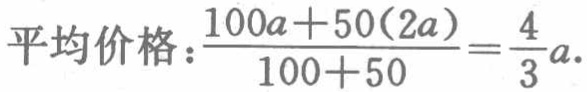
平均价格：\(\frac{100a + 50(2a)}{100 + 50} = \frac{4}{3}a\).